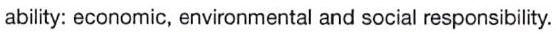
ability: economic, environmental and social responsibility.